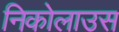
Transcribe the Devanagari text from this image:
निकोलाउस